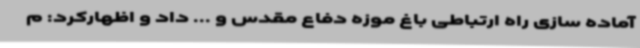
آماده سازی راه ارتباطی باغ موزه دفاع مقدس و ... داد و اظهارکرد: م